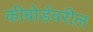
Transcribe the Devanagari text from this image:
कीबोर्डवरील